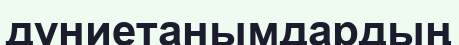
дүниетанымдардың